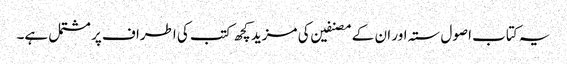
یہ کتاب اصول ستہ اور ان کے مصنفین کی مزید کچھ کتب کی اطراف پر مشتمل ہے۔